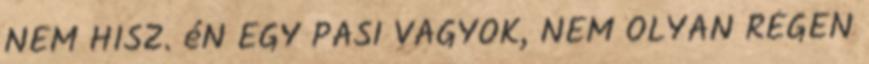
NEM HISZ. éN EGY PASI VAGYOK, NEM OLYAN RÉGEN